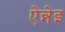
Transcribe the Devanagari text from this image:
ऐन्नेइ